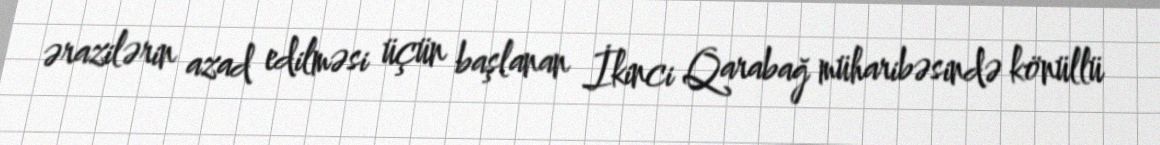
ərazilərin azad edilməsi üçün başlanan İkinci Qarabağ müharibəsində könüllü